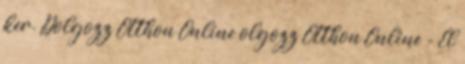
ker. Dolgozz Otthon Online olgozz Otthon Online - El